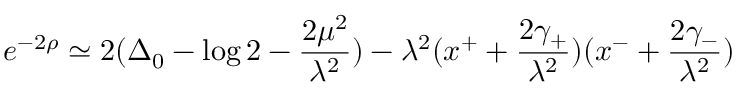
e ^ { - 2 \rho } \simeq 2 ( \Delta _ { 0 } - \log 2 - \frac { 2 \mu ^ { 2 } } { \lambda ^ { 2 } } ) - \lambda ^ { 2 } ( x ^ { + } + \frac { 2 \gamma _ { + } } { \lambda ^ { 2 } } ) ( x ^ { - } + \frac { 2 \gamma _ { - } } { \lambda ^ { 2 } } )